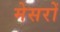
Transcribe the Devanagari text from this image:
मेसरों